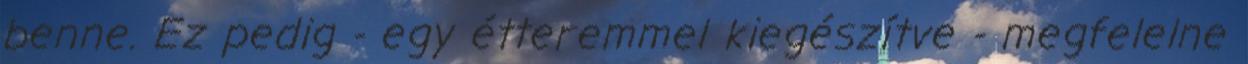
benne. Ez pedig - egy étteremmel kiegészítve - megfelelne